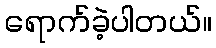
ရောက်ခဲ့ပါတယ်။